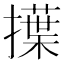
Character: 擛